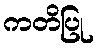
ကတိပြု